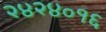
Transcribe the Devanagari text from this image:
२४२४०१६